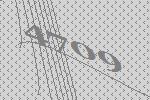
4709